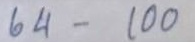
64 - 100